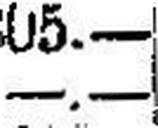
—.—